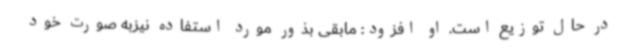
در حال توزیع است. او افزود: مابقی بذور مورد استفاده نیزبه صورت خود